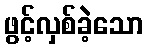
ဖွင့်လှစ်ခဲ့သော